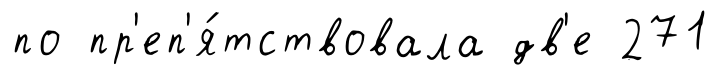
по пр'еп'я́тствовала дв'е 271